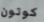
كوتون